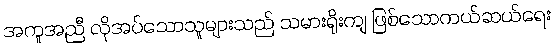
အကူအညီ လိုအပ်သောသူများသည် သမားရိုးကျ ဖြစ်သောကယ်ဆယ်ရေး